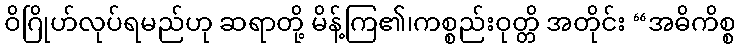
ဝိဂြိုဟ်လုပ်ရမည်ဟု ဆရာတို့ မိန့်ကြ၏၊ကစ္စည်းဝုတ္တိ အတိုင်း “အဓိကိစ္စ